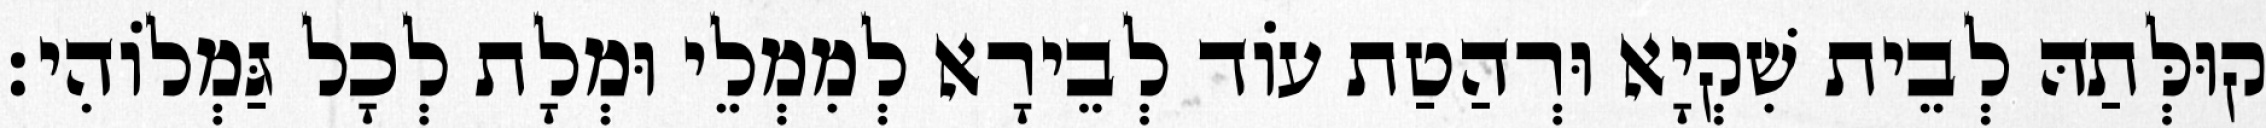
קוּלְּתַהּ לְבֵית שִׁקְיָא וּרְהַטַת עוֹד לְבֵירָא לְמִמְלֵי וּמְלָת לְכָל גַּמְלוֹהִי׃